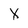
Character: X